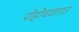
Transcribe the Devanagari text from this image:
पोहोचवतात